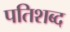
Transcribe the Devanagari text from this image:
पतिशब्द